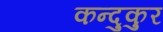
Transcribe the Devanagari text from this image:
कन्दुकुर